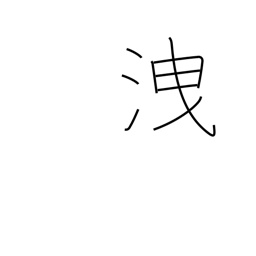
Meaning: escape